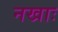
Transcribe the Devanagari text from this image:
नखाः